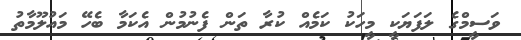
ވަސީމްގެ ލަފަޔަކީ މީހަކު ކަމެއް ކުރާ ތަން ފެނުމުން އެކަމާ ބެހޭ މައުލޫމާތު